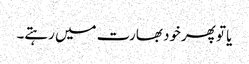
یا تو پھرخود بھارت میں رہتے۔